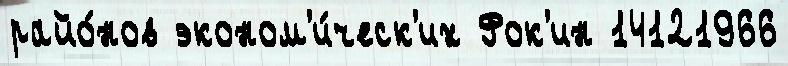
райо́нов эконом'и́ческ'их Фок'ин 14121966